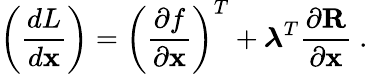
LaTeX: \left(\frac{dL}{d\mathbf{x}}\right)=\left(\frac{\partial f}{\partial\mathbf{x}}\right)^{T}+\mathbf{\boldsymbol{\lambda}}^{T}\frac{\partial\mathbf{R}}{\partial\mathbf{x}}\mathrm{~.~}